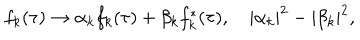
f _ { k } ( \tau ) \to \alpha _ { k } f _ { k } ( \tau ) + \beta _ { k } f _ { k } ^ { * } ( \tau ) , \hspace { 1 e m } | \alpha _ { k } | ^ { 2 } - | \beta _ { k } | ^ { 2 } ,